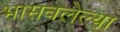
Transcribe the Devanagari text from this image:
भासवलेल्या